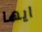
ايها